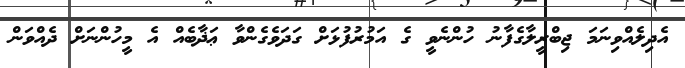
އެދިލެއްވިނަމަ ޖިބްރީލާގެފާނު ހުންނެވީ ގެ އަމުރުފުޅަށް ގަދަވެގެންވާ ޢަޛާބެއް އެ މީހުންނަށް ދެއްވަން